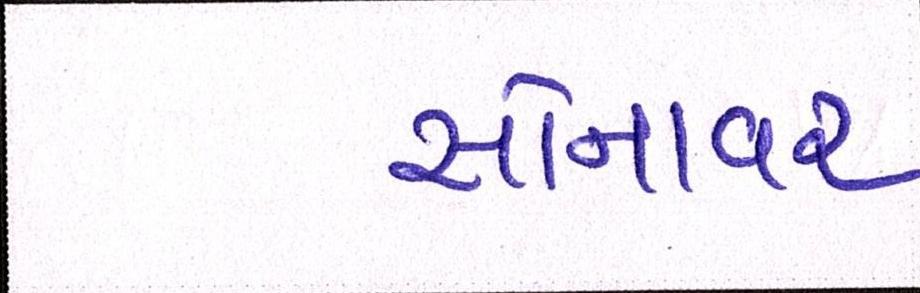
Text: સોનાવર